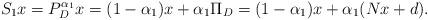
LaTeX: \begin{align*}S_1x&=P_{D}^{\alpha_1}x=(1-\alpha_1)x+\alpha_1\Pi_D=(1-\alpha_1)x+\alpha_1(Nx+d).\end{align*}